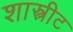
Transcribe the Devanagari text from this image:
शास्त्रीट